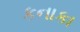
કનાકા